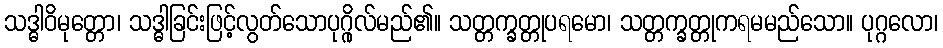
သဒ္ဓါဝိမုတ္တော၊ သဒ္ဓါခြင်းဖြင့်လွတ်သောပုဂ္ဂိုလ်မည်၏။ သတ္တက္ခတ္တုပရမော၊ သတ္တက္ခတ္တုကရမမည်သော။ ပုဂ္ဂလော၊